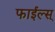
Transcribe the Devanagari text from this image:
फाईल्स्